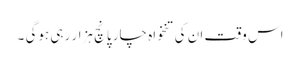
اس وقت ان کی تنخواہ چار پانچ ہزار رہی ہوگی ۔